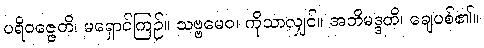
ပရိဝဇ္ဇေတိ၊ မရှောင်ကြဉ်။ သဗ္ဗမေဝ၊ ကိုသာလျှင်။ အဘိမဒ္ဒတိ၊ ချေပစ်၏။